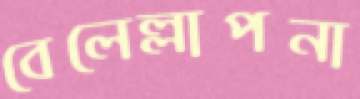
বেলেল্লাপনা